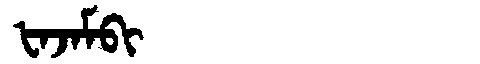
Manchu: ᡶᠠᠵᠠᠮᠪᡳ
Romanization: FAJAMBI